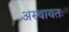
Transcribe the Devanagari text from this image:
अस्थायतः